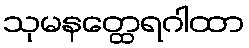
သုမနတ္ထေရဂါထာ